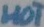
Text: HOT